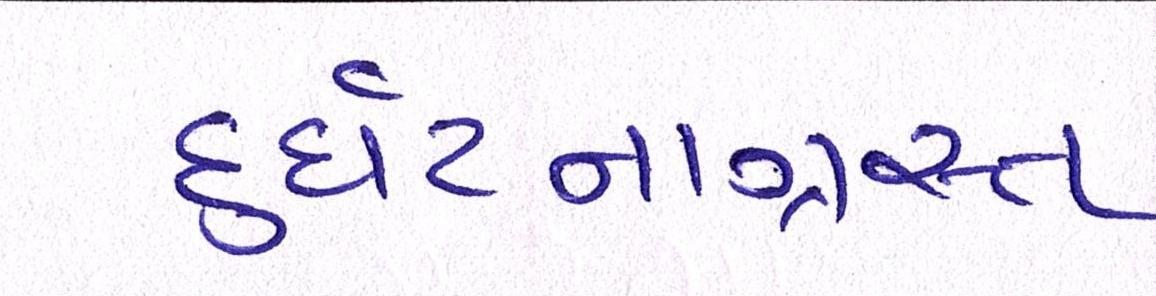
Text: દુર્ઘટનાગ્રસ્ત